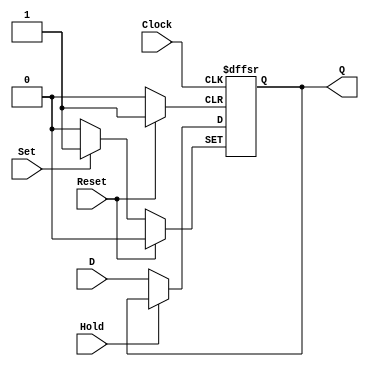
`timescale 1 ns / 1 ps

module dflipflop(input Clock, Hold, Reset, Set, D, output reg Q);
	always @ (posedge Clock, posedge	Reset, posedge Set)
	begin
		if(Reset == 1) Q <= 0;
		else if(Set == 1) Q <= 1;
		else if(Hold == 0) Q <= D;
	end
endmodule